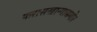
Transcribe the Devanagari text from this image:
फरासखान्यासमोर